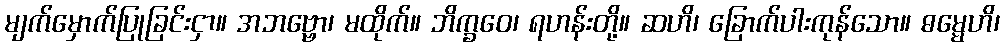
မျက်မှောက်ပြုခြင်းငှာ။ အဘဗ္ဗော၊ မထိုက်။ ဘိက္ခဝေ၊ ရဟန်းတို့။ ဆဟိ၊ ခြောက်ပါးကုန်သော။ ဓမ္မေဟိ၊